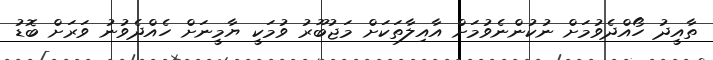
ތާއީދު ހޯއްދެވުމަށް ނުކުންނެވުމަށް އާއިލާތަކަށް މަޖުބޫރު ވުމަކީ ޔާމީނަށް ހެއްދެވުނު ވަރަށް ބޮޑު